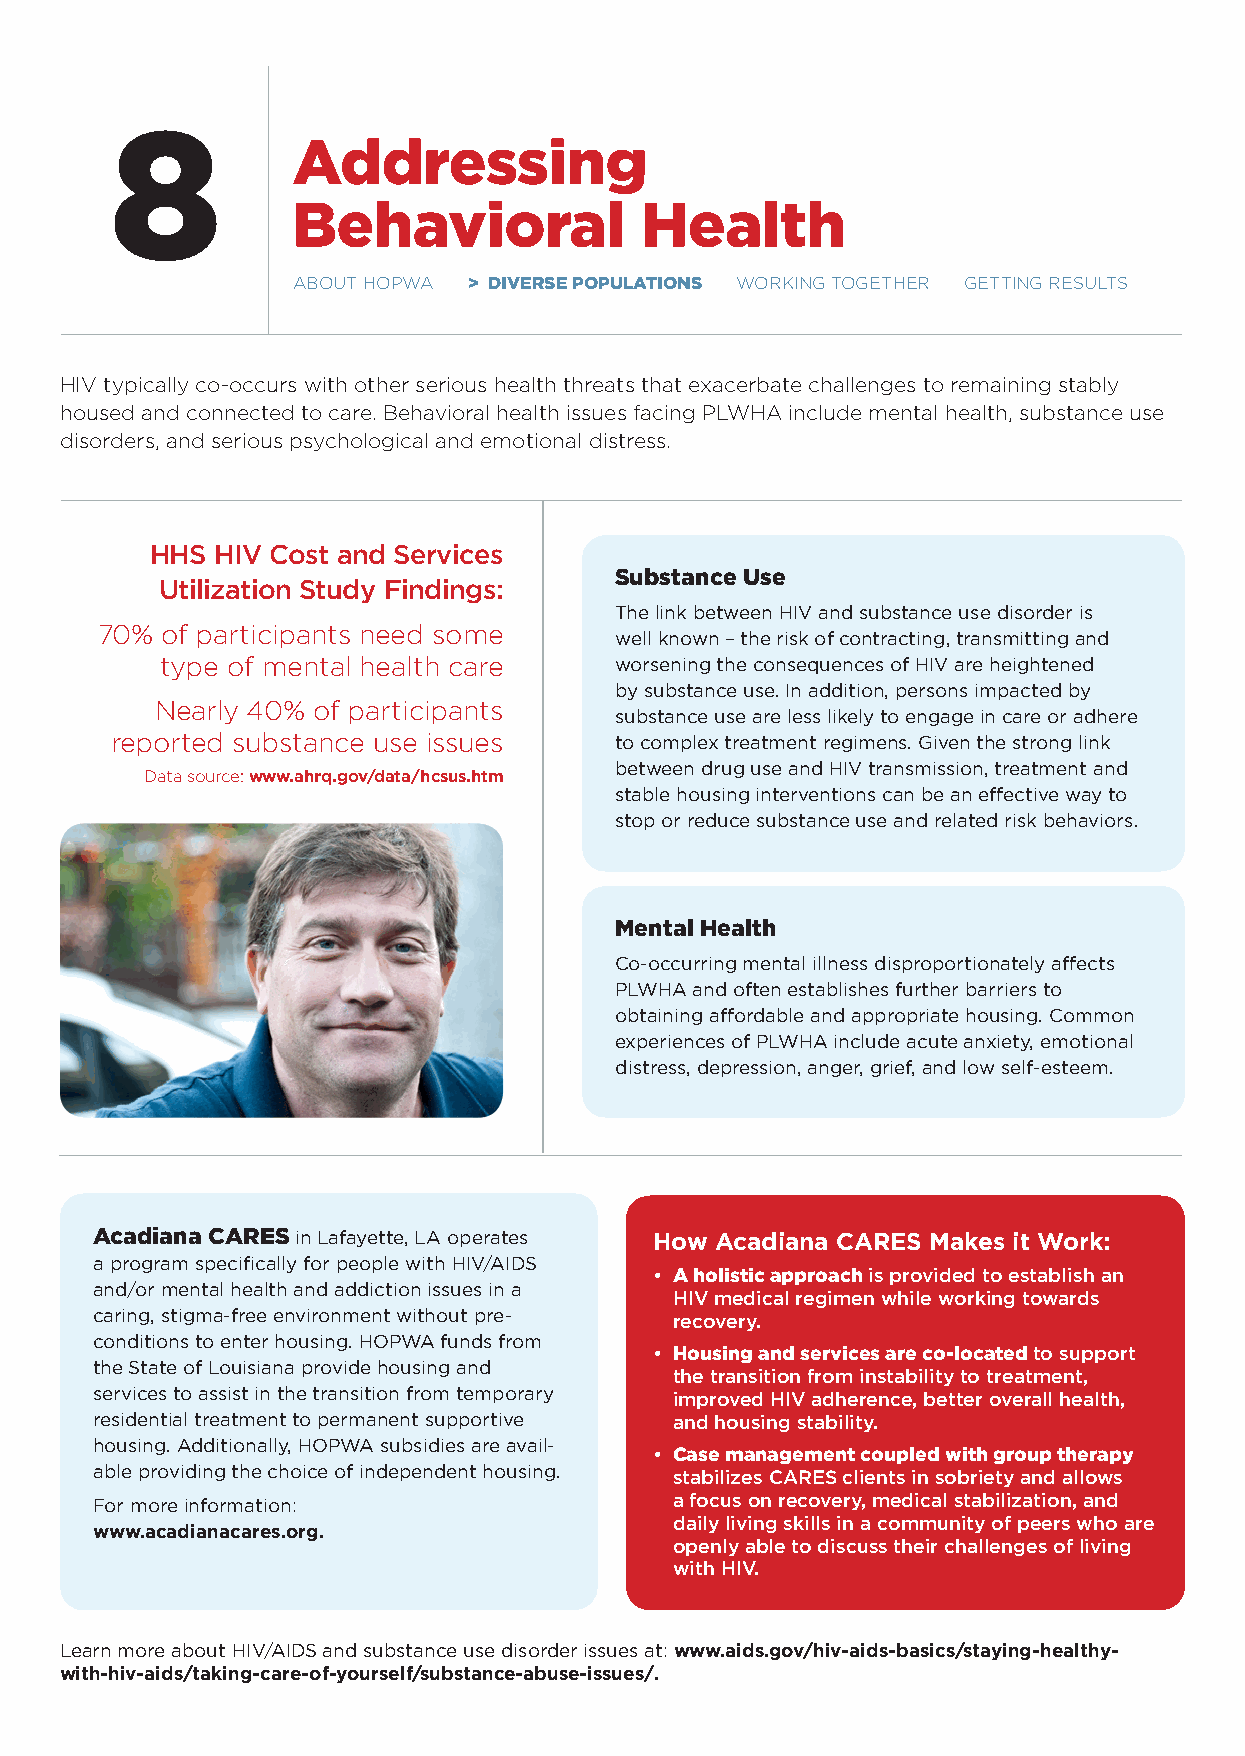
8
 Addressing
 behavioral             Health
 aBout Hopwa > DIVERSE POPulAtIONS workIng togetHer gettIng results
 HIV typically co-occurs with other serious health threats that exacerbate challenges to remaining stably
 housed and connected to care. Behavioral health issues facing plwHa include mental health, substance use
 disorders, and serious psychological and emotional distress.
 HHS HIV Cost and Services
 Substance use
 Utilization Study Findings:
 The link between HIV and substance use disorder is
 70%  of participants need some
 well known – the risk of contracting, transmitting and
 type of mental health care    worsening the consequences of HIV are heightened
 by substance use. In addition, persons impacted by
 nearly 40% of participants
 substance use are less likely to engage in care or adhere
 reported substance use issues     to complex treatment regimens. Given the strong link
 between drug use and HIV transmission, treatment and
 data source: www.ahrq.gov/data/hcsus.htm
 stable housing interventions can be an effective way to
 stop or reduce substance use and related risk behaviors.
 Mental Health
 Co-occurring mental illness disproportionately affects
 PLWHA and often establishes further barriers to
 obtaining affordable and appropriate housing. Common
 experiences of PLWHA include acute anxiety, emotional
 distress, depression, anger, grief, and low self-esteem.
 Acadiana CARES in Lafayette, LA operates How Acadiana CARES makes it Work:
 a program specifically for people with HIV/AIDS
 • A holistic approach is provided to establish an
 and/or mental health and addiction issues in a
 HIV medical regimen while working towards
 caring, stigma-free environment without pre- recovery.
 conditions to enter housing. HOPWA funds from
 • Housing and services are co-located to support
 the State of Louisiana provide housing and
 the transition from instability to treatment,
 services to assist in the transition from temporary improved HIV adherence, better overall health,
 residential treatment to permanent supportive and housing stability.
 housing. Additionally, HOPWA subsidies are avail-
 • Case management coupled with group therapy
 able providing the choice of independent housing. stabilizes CARES clients in sobriety and allows
 For more information:                  a focus on recovery, medical stabilization, and
 daily living skills in a community of peers who are
 www.acadianacares.org.
 openly able to discuss their challenges of living
 with HIV.
 Learn more about HIV/AIDS and substance use disorder issues at: www.aids.gov/hiv-aids-basics/staying-healthy-
 with-hiv-aids/taking-care-of-yourself/substance-abuse-issues/.